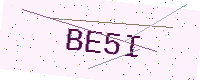
Text: BE5I